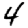
Digit: 4